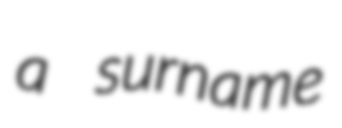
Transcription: a surname